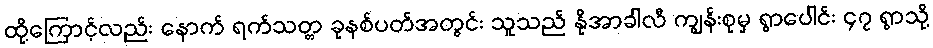
ထို့ကြောင့်လည်း နောက် ရက်သတ္တ ခုနစ်ပတ်အတွင်း သူသည် နိုအာခါလီ ကျွန်းစုမှ ရွာပေါင်း ၄၇ ရွာသို့